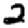
Digit: 2